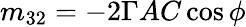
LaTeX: m_{32}=-2\Gamma AC\cos\phi